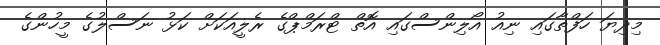
މިިދިޔަ ހަފްތާގައި ނިއު އޯލިންސްގައި އޮތް ޓްރަމްޕްގެ ރެލީއަކަށް ކަޅު ނަސްލުގެ މީހުންގެ